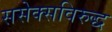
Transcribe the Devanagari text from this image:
ससेक्सविरुद्ध